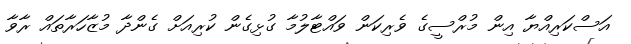
އަސްކަރިއްޔާ އިން މުރްސީގެ ވެރިކަން ވައްޓާލުމާ ގުޅިގެން ކުރިއަށް ގެންދާ މުޒާހަރާތައް ރާވާ